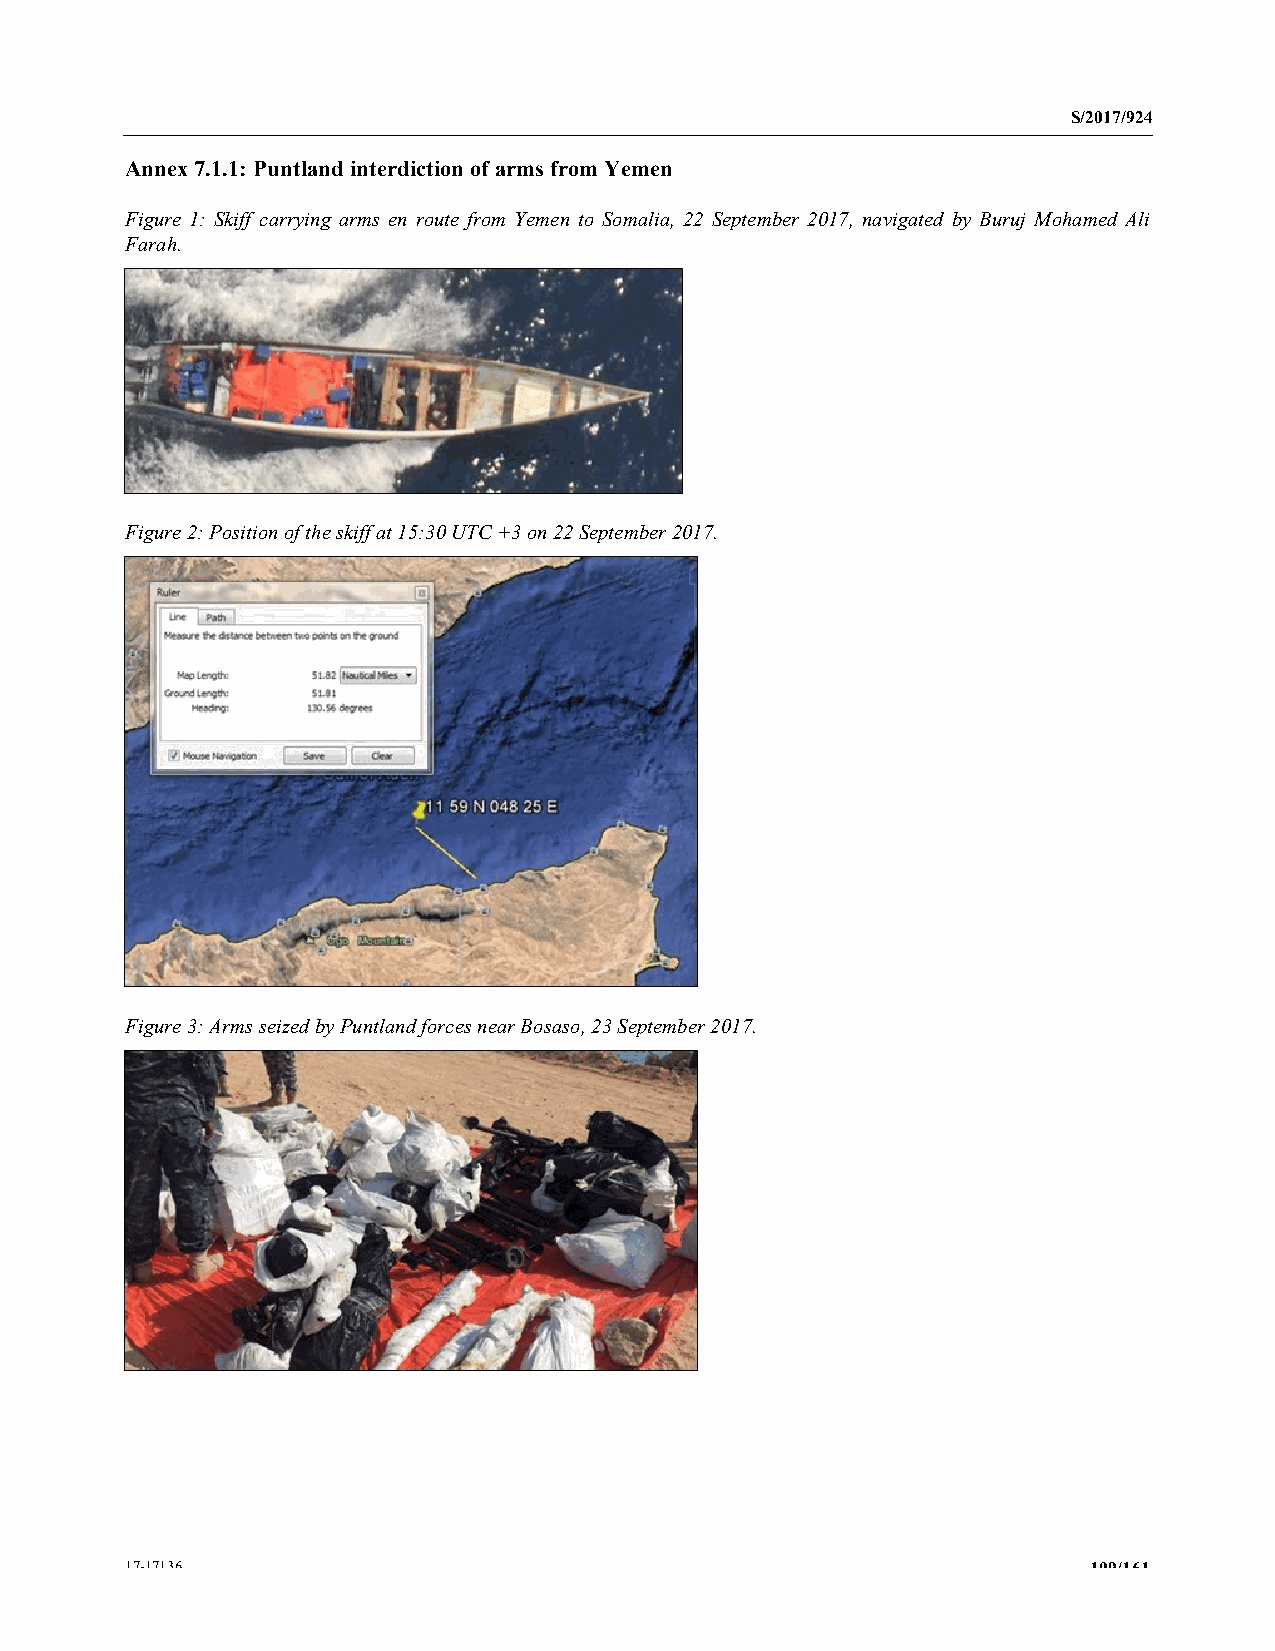
S/2017/924
 Annex 7.1.1: Puntland interdiction of arms from Yemen
 Figure 1: Skiff carrying arms en route from Yemen to Somalia, 22 September 2017, navigated by Buruj Mohamed Ali
 Farah.
 Figure 2: Position of the skiff at 15:30 UTC +3 on 22 September 2017.
 Figure 3: Arms seized by Puntland forces near Bosaso, 23 September 2017.
 17-17136                                                        109/161